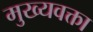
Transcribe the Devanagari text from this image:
मुख्यवक्ता